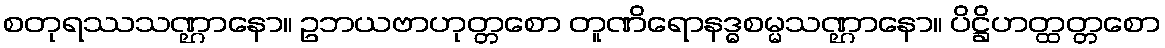
စတုရဿသဏ္ဌာနော။ ဥဘယဗာဟုတ္တစော တူဏိရောနဒ္ဓစမ္မသဏ္ဌာနော။ ပိဋ္ဌိဟတ္ထတ္တစော